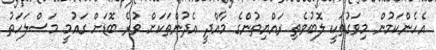
އެހެންކަމުން މިވަގުތަކީ ލޮބުވެތި ރައްޔިތުންގެ މާއްދީ އެދުންތަކަށް ވުރެ ބޮޑަށް ގައުމީ މަސްލަހަތު